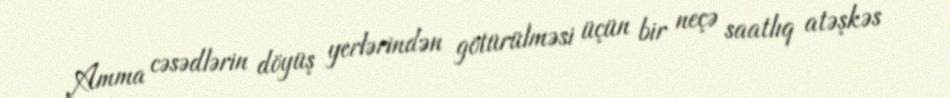
Amma cəsədlərin döyüş yerlərindən götürülməsi üçün bir neçə saatlıq atəşkəs